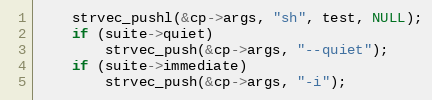
Language: C
	strvec_pushl(&cp->args, "sh", test, NULL);
	if (suite->quiet)
		strvec_push(&cp->args, "--quiet");
	if (suite->immediate)
		strvec_push(&cp->args, "-i");